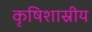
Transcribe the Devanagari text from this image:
कृषिशास्रीय